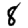
Digit: 8